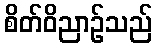
စိတ်ဝိညာဉ်သည်